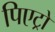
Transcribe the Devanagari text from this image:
पिएट्रो